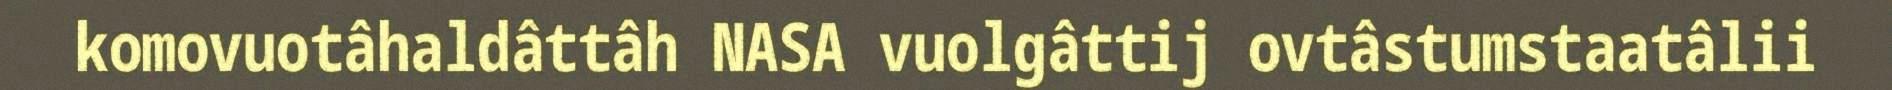
komovuotâhaldâttâh NASA vuolgâttij ovtâstumstaatâlii